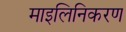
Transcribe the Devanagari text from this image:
माइलिनिकरण